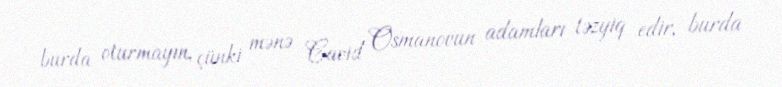
burda oturmayın, çünki mənə Cavid Osmanovun adamları təzyiq edir, burda